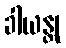
ခါယန္တု